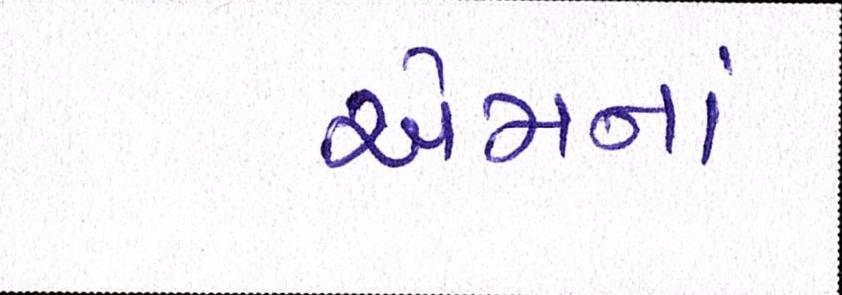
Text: એમનાં